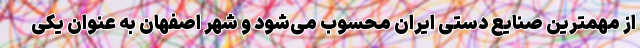
از مهمترین صنایع دستی ایران محسوب می‌شود و شهر اصفهان به عنوان یکی